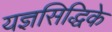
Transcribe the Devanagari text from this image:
यज्ञसिद्धिके